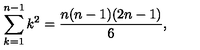
\sum _ { k = 1 } ^ { n - 1 } k ^ { 2 } = \frac { n ( n - 1 ) ( 2 n - 1 ) } { 6 } ,